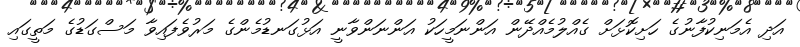
އަދި އެމަނިކުފާނުގެ ހަށިކޮޅަށް ގެއްލުމެއްދޭން އަންނަމީހަކު އަންނަންވާނީ އަޅުގަނޑުމެންގެ މަރުވެފައިވާ މަސްގަޑުގެ މަތީގައި